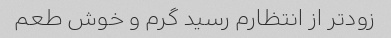
زودتر از انتظارم رسید گرم و خوش طعم